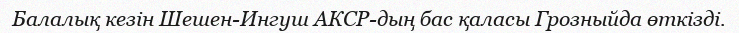
Балалық кезін Шешен-Ингуш АКСР-дың бас қаласы Грозныйда өткізді.